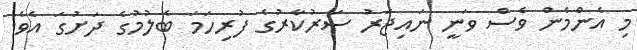
މި އެންމެން ވެސް ވަނީ ނައިޖަރު ސަރުކާރުގެ ފުރިހަމަ ބެލުމުގެ ދަށުގަ އެވެ.